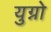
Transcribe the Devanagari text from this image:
युग्नो